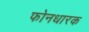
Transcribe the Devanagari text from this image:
फोनधारक